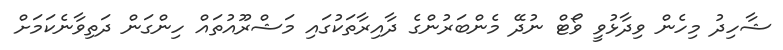
ޝާހިދު މިހެން ވިދާޅުވީ ވޯޓް ނުދޭ މެންބަރުންގެ ދާއިރާތަކުގައި މަޝްރޫއުތައް ހިންގަން ދަތިވާނެކަމަށް